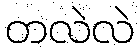
တလဲလဲ